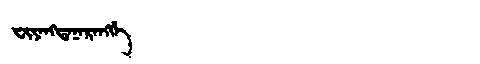
Manchu: ᠸᡳᠶᠠᠩᡨᠠᠨᠠᡵᠠᠩᡤᡝ
Romanization: FIYANGTANARANGGE